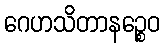
ဂေဟသိတာနဉ္စေဝ